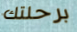
برحلتك